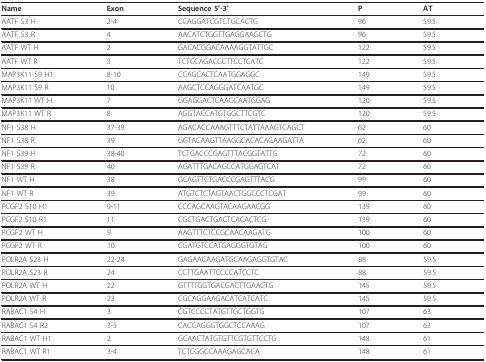
<table><thead><tr><td><b>Name</b></td><td><b>Exon</b></td><td><b>Sequence 5&#x27;-3&#x27;</b></td><td><b>P</b></td><td><b>AT</b></td></tr></thead><tbody><tr><td>AATF S3 H</td><td>2-4</td><td>CCAGGATCGTCTGCACTG</td><td>96</td><td>59.5</td></tr><tr><td>AATF S3 R</td><td>4</td><td>AACATCTGGTTGAGGAAGCTG</td><td>96</td><td>59.5</td></tr><tr><td>AATF WT H</td><td>2</td><td>GACACGGACAAAAGGTATTGC</td><td>122</td><td>59.5</td></tr><tr><td>AATF WT R</td><td>3</td><td>TCTCCAGACCCTTCCTCATC</td><td>122</td><td>59.5</td></tr><tr><td>MAP3K11 S9 H1</td><td>8-10</td><td>CCAGCACTCAATGGAGGC</td><td>149</td><td>59.5</td></tr><tr><td>MAP3K11 S9 R</td><td>10</td><td>AAGCTCCAGGGATCAATGC</td><td>149</td><td>59.5</td></tr><tr><td>MAP3K11 WT H</td><td>7</td><td>GGAGGACTCAAGCAATGGAG</td><td>120</td><td>59.5</td></tr><tr><td>MAP3K11 WT R</td><td>8</td><td>AGGTACCATGTGGCTTCGTC</td><td>120</td><td>59.5</td></tr><tr><td>NF1 S38 H</td><td>37-39</td><td>AGACACCAAAGTTTCTATTAAAGTCAGCT</td><td>62</td><td>60</td></tr><tr><td>NF1 S38 R</td><td>39</td><td>GGTACAAGTTAAGGCACACAGAAGATTA</td><td>62</td><td>60</td></tr><tr><td>NF1 S39 H</td><td>38-40</td><td>TCTGACCCGAGTTTACGGTATTG</td><td>72</td><td>60</td></tr><tr><td>NF1 S39 R</td><td>40</td><td>AGATTTGACAGCCATGGAGTCAT</td><td>72</td><td>60</td></tr><tr><td>NF1 WT H</td><td>38</td><td>GCAGTTCTGACCCGAGTTTACG</td><td>99</td><td>60</td></tr><tr><td>NF1 WT R</td><td>39</td><td>ATGTCTCTAGTAACTGGCCCTCGAT</td><td>99</td><td>60</td></tr><tr><td>PCGF2 S10 H1</td><td>9-11</td><td>CCCAGCAAGTACAAGAACGG</td><td>139</td><td>60</td></tr><tr><td>PCGF2 S10 R1</td><td>11</td><td>CGCTGACTGACTCACACTCG</td><td>139</td><td>60</td></tr><tr><td>PCGF2 WT H</td><td>9</td><td>AAGTTTCTCCGCAACAAGATG</td><td>100</td><td>60</td></tr><tr><td>PCGF2 WT R</td><td>10</td><td>CGATGTCCATGAGGGTGTAG</td><td>100</td><td>60</td></tr><tr><td>POLR2A S23 H</td><td>22-24</td><td>GAGAACAAGATGCAAGAGGTGTAC</td><td>88</td><td>59.5</td></tr><tr><td>POLR2A S23 R</td><td>24</td><td>CCTTGAATTCCCCATCCTC</td><td>88</td><td>59.5</td></tr><tr><td>POLR2A WT H</td><td>22</td><td>GTTTTGGTGACGACTTGAACTG</td><td>145</td><td>59.5</td></tr><tr><td>POLR2A WT R</td><td>23</td><td>CGCAGGAAGACATCATCATC</td><td>145</td><td>59.5</td></tr><tr><td>RABAC1 S4 H</td><td>3</td><td>CGTCCCCTATGTTGCTGGTG</td><td>107</td><td>63</td></tr><tr><td>RABAC1 S4 R2</td><td>3-5</td><td>CACCAGGGTGGCTCCAAAG</td><td>107</td><td>63</td></tr><tr><td>RABAC1 WT H1</td><td>2</td><td>GCAACTATGTGTTCGTGTTCCTG</td><td>148</td><td>61</td></tr><tr><td>RABAC1 WT R1</td><td>3-4</td><td>TCTCGGCCAAAGAGCACA</td><td>148</td><td>61</td></tr></tbody></table>